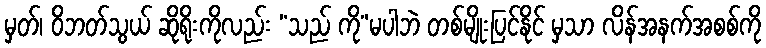
မှတ်၊ ဝိဘတ်သွယ် ဆိုရိုးကိုလည်း “သည် ကို”မပါဘဲ တစ်မျိုးပြင်နိုင် မှသာ လိန်အနက်အစစ်ကို